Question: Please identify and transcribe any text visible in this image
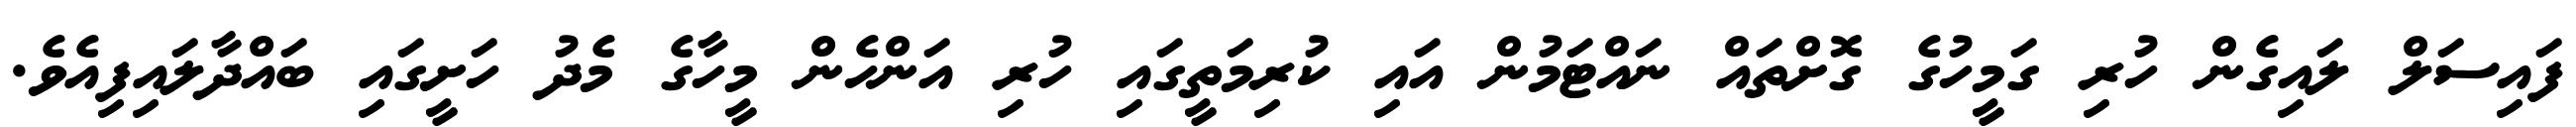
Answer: ފައިސަލް ލައިގެން ހުރި ގަމީހުގެ ގޮށްތައް ނައްޓަމުން އައި ކުރިމަތީގައި ހުރި އަންހެން މީހާގެ މެދު ހަށީގައި ބައްދާލައިފިއެވެ.